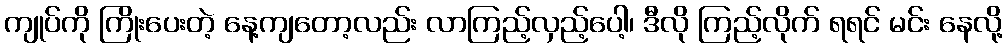
ကျုပ်ကို ကြိုးပေးတဲ့ နေ့ကျတော့လည်း လာကြည့်လှည့်ပေါ့၊ ဒီလို ကြည့်လိုက် ရရင် မင်း နေလို့